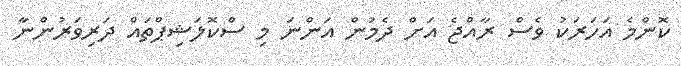
ކޮންމެ އަހަރަކު ވެސް ރާއްޖެ އަށް ދެމުން އަންނަ މި ސްކޮލަޝިޕްތައް ދަރިވަރުންނާ